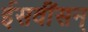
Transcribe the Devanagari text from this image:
ईसवींसन्